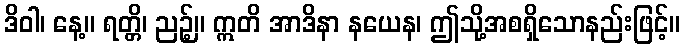
ဒိဝါ၊ နေ့။ ရတ္တိ၊ ညဉ့်။ ဣတိ အာဒိနာ နယေန၊ ဤသို့အစရှိသောနည်းဖြင့်။